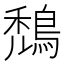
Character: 鵚